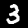
Digit: 3